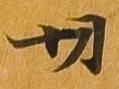
切